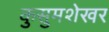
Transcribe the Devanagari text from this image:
कुसुमशेखर